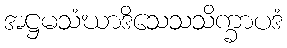
အဋ္ဌမသံဃာဒိသေသသိက္ခာပဒံ